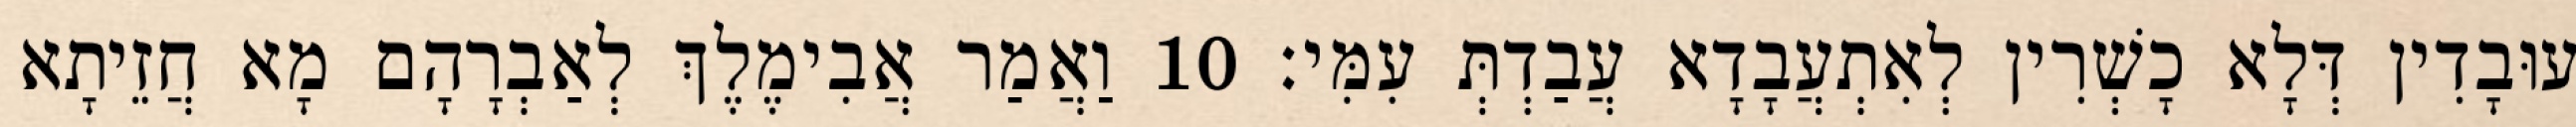
עוּבָדִין דְּלָא כָשְׁרִין לְאִתְעֲבָדָא עֲבַדְתְּ עִמִּי׃ 10 וַאֲמַר אֲבִימֶלֶךְ לְאַבְרָהָם מָא חֲזֵיתָא